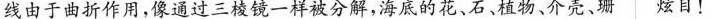
线由于曲折作用，像通过三棱镜一样被分解，海底的花、石、植物、介壳、珊炫目！